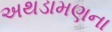
અથડામણના